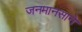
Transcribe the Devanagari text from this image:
जनमानसाने